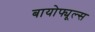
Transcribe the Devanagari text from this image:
बायोफ्यूल्स